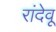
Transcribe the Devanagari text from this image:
रांदेवू